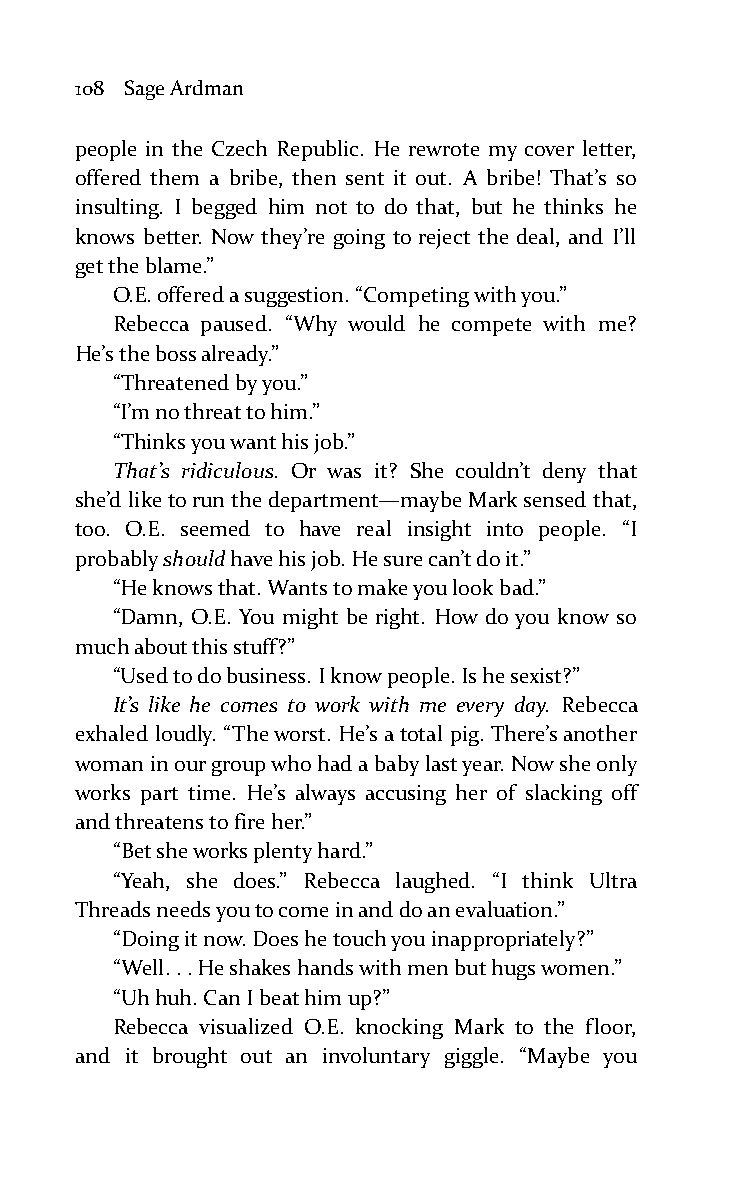
108 Sage Ardman
 people in the Czech Republic. He rewrote my cover letter,
 offered them a bribe, then sent it out. A bribe! That’s so
 insulting. I begged him not to do that, but he thinks he
 knows better. Now they’re going to reject the deal, and I’ll
 get the blame.”
 O.E. offered a suggestion. “Competing with you.”
 Rebecca paused. “Why would he compete with me?
 He’s the boss already.”
 “Threatened by you.”
 “I’m no threat to him.”
 “Thinks you want his job.”
 That’s ridiculous. Or was it? She couldn’t deny that
 she’d like to run the department—maybe Mark sensed that,
 too. O.E. seemed to have real insight into people. “I
 probably should have his job. He sure can’t do it.”
 “He knows that. Wants to make you look bad.”
 “Damn, O.E. You might be right. How do you know so
 much about this stuff?”
 “Used to do business. I know people. Is he sexist?”
 It’s like he comes to work with me every day. Rebecca
 exhaled loudly. “The worst. He’s a total pig. There’s another
 woman in our group who had a baby last year. Now she only
 works part time. He’s always accusing her of slacking off
 and threatens to fire her.”
 “Bet she works plenty hard.”
 “Yeah, she does.” Rebecca laughed. “I think Ultra
 Threads needs you to come in and do an evaluation.”
 “Doing it now. Does he touch you inappropriately?”
 “Well. . . He shakes hands with men but hugs women.”
 “Uh huh. Can I beat him up?”
 Rebecca visualized O.E. knocking Mark to the floor,
 and it brought out an involuntary giggle. “Maybe you